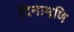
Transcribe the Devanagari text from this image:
दिनामणि